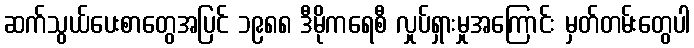
ဆက်သွယ်ပေးစာတွေအပြင် ၁၉၈၈ ဒီမိုကရေစီ လှုပ်ရှားမှုအကြောင်း မှတ်တမ်းတွေပါ